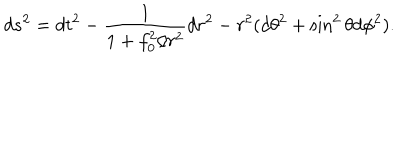
LaTeX: d s ^ { 2 } = d t ^ { 2 } - \frac { 1 } { 1 + f _ { 0 } ^ { 2 } / r ^ { 2 } } d r ^ { 2 } - r ^ { 2 } ( d \theta ^ { 2 } + \sin ^ { 2 } \theta d \phi ^ { 2 } ) .